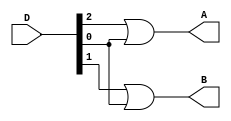
module Encoder_4X2(A,B,D);
  input [0:3] D;
  output        A,B;
  
  
  or
  G1(A,D[1],D[3]),
  G2(B,D[2],D[3]);
  
endmodule